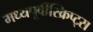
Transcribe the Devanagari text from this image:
मध्यपूर्वीस्क्रिप्ट्स